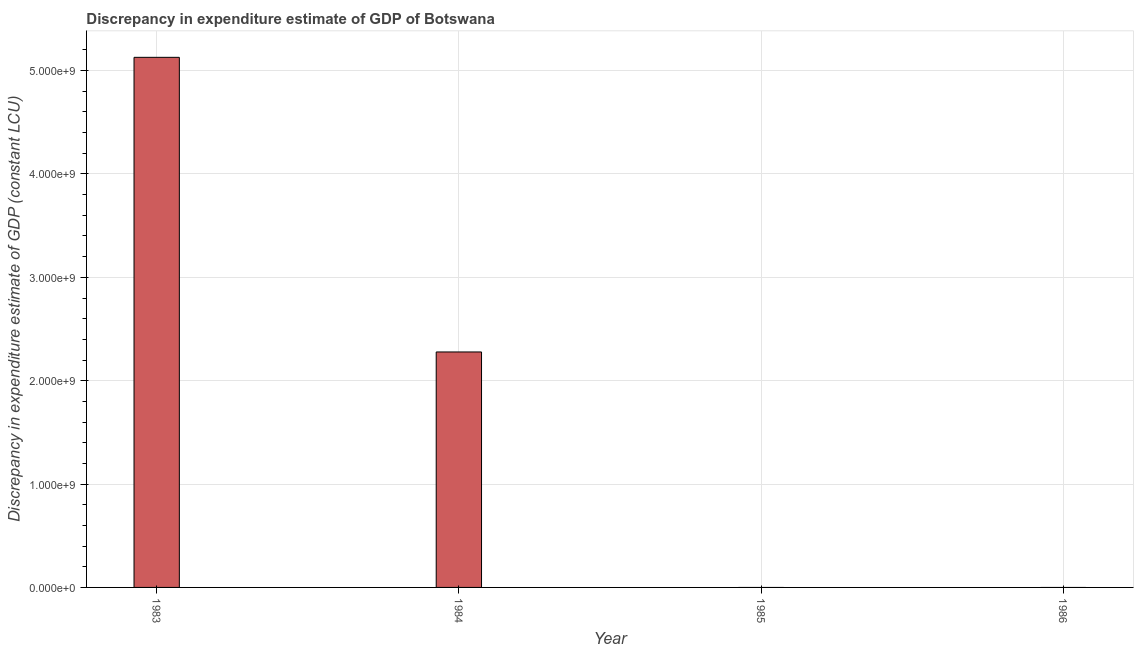
| Year | Discrepancy constant LCU |
 | --- | --- |
 | 1983 | 5.13e+09 |
 | 1984 | 2.28e+09 |
 | 1985 | -2.46e+08 |
 | 1986 | -3.37e+09 |